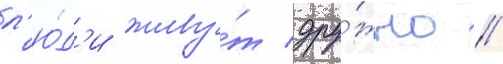
л'ю́д'и живу́т дру́жно //